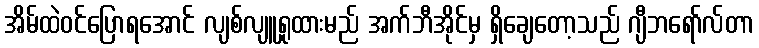
အိမ်ထဲဝင်ပြောရအောင် လျစ်လျူရှုထားမည် အက်ဘီအိုင်မှ ရှိချေတော့သည် ဂျီဘရော်လ်တာ